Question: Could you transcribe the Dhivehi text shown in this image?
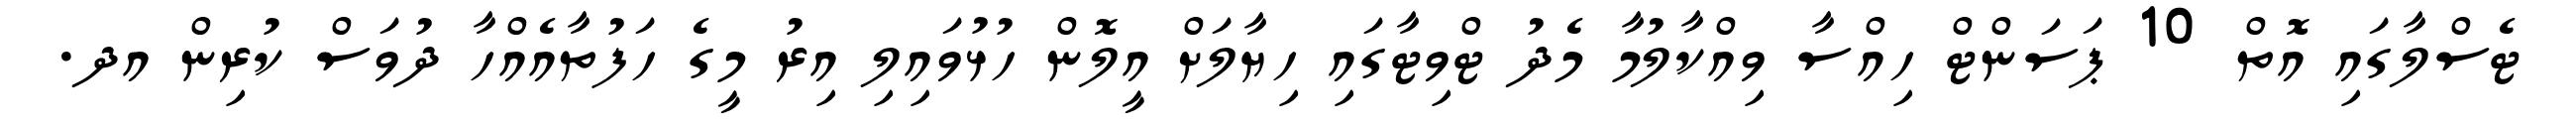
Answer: ޓެސްލާގައި އޮތް 10 ޕަސަންޓް ހިއްސާ ވިއްކާލުމާ މެދު ޓްވިޓާގައި ހިޔާލަށް އީލޮން ހުޅުވައިލި އިރު މީގެ ހަފުތާއެއްހާ ދުވަސް ކުރިން އދ.